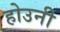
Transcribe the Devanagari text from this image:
होउनी